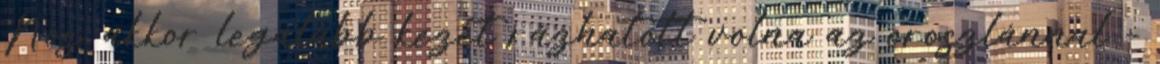
Nos, akkor legalább kezet rázhatott volna az oroszlánnal –